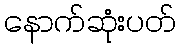
နောက်ဆုံးပတ်